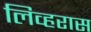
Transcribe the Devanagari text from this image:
लिव्हरास